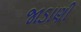
જાડાણી